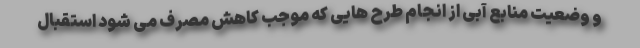
و وضعیت منابع آبی از انجام طرح هایی که موجب کاهش مصرف می شود استقبال